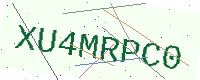
Text: XU4MRPC0